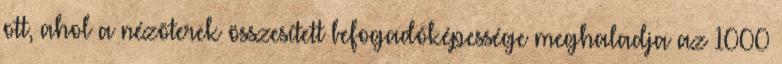
ott, ahol a nézõterek összesített befogadóképessége meghaladja az 1000